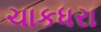
ચાકધરા